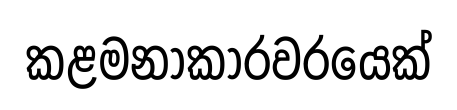
කළමනාකාරවරයෙක්